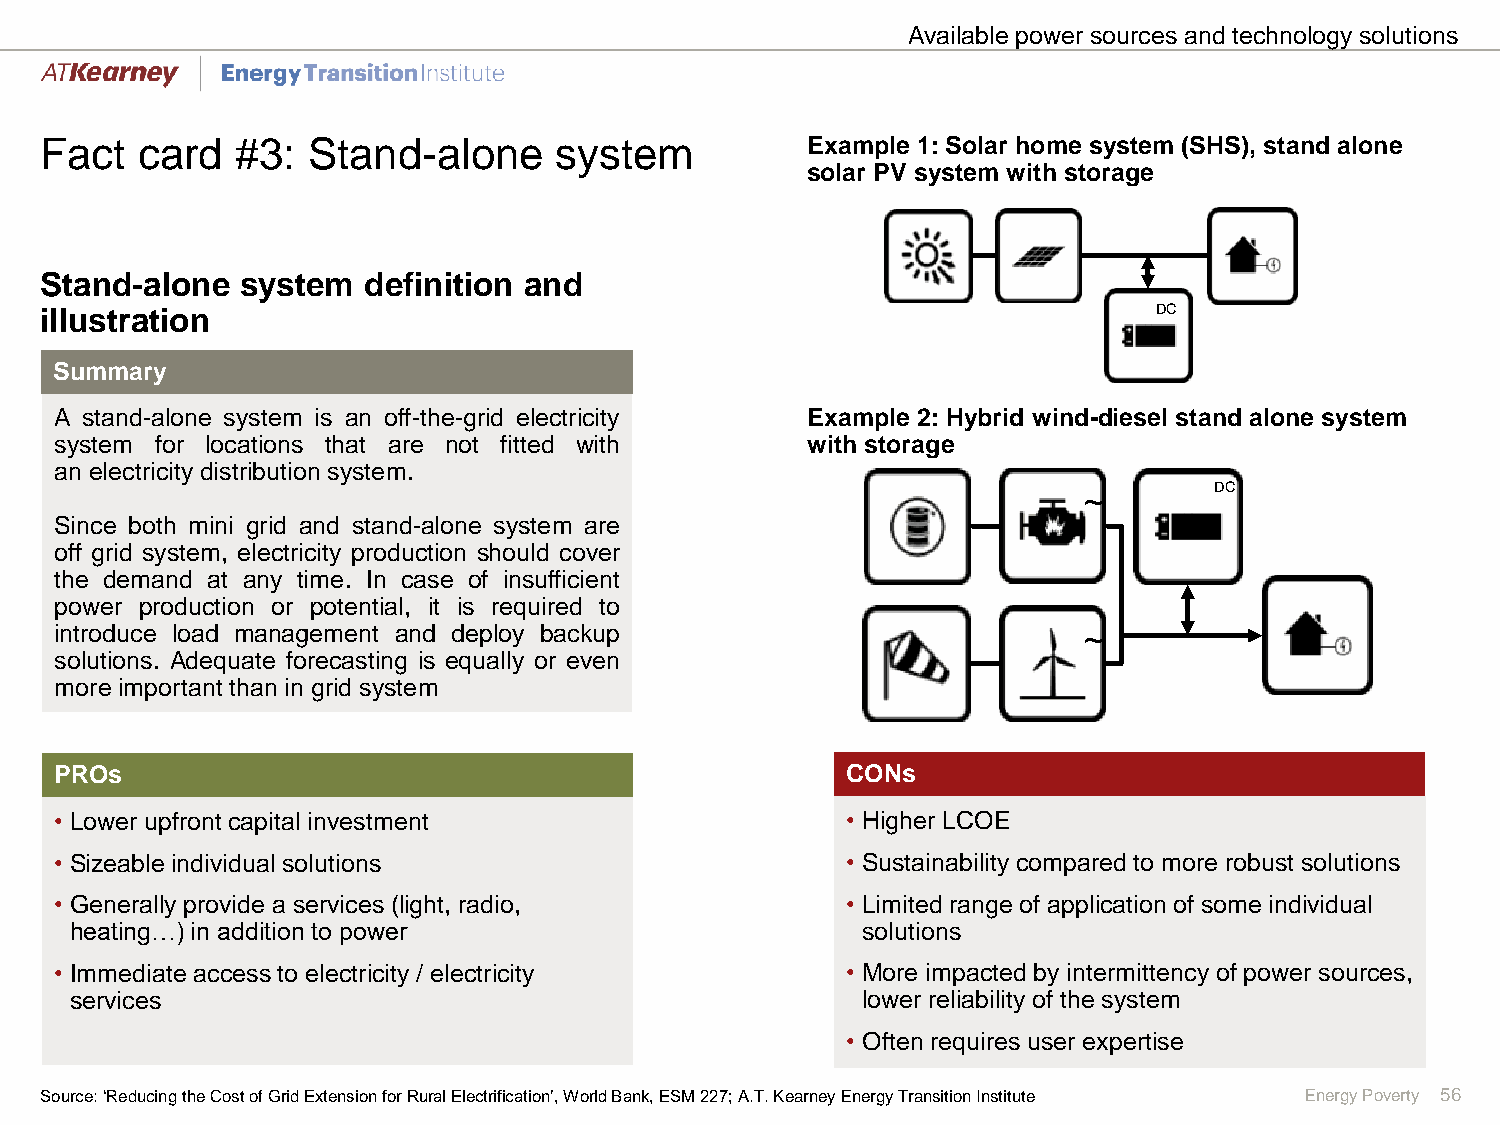
Available power sources and technology solutions
 Fact  card   #3: Stand-alone      system          Example 1: Solar home system (SHS), stand alone
 solar PV system with storage
 Stand-alone  system  definition and
 illustration                                                              DC
 Summary
 A stand-alone system is an off-the-grid electricity Example 2: Hybrid wind-diesel stand alone system
 system for locations that are not fitted with    with storage
 an electricity distribution system.
 ~       DC
 Since both mini grid and stand-alone system are
 off grid system, electricity production should cover
 the demand at any time. In case of insufficient
 power production or potential, it is required to
 introduce load management and deploy backup                         ~
 solutions. Adequate forecasting is equally or even
 more important than in grid system
 PROs                                                CONs
 • Lower upfront capital investment                  • Higher LCOE
 • Sizeable individual solutions                     • Sustainability compared to more robust solutions
 • Generally provide a services (light, radio,       • Limited range of application of some individual
 heating…) in addition to power                      solutions
 • Immediate access to electricity / electricity     • More impacted by intermittency of power sources,
 services                                            lower reliability of the system
 • Often requires user expertise
 Source: ‘Reducingthe Costof GridExtension for Rural Electrification’, World Bank, ESM 227; A.T.Kearney Energy Transition Institute Energy Poverty 56